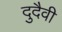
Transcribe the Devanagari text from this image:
दुदैवी